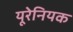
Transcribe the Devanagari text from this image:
यूरेनियक